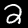
Label: 2